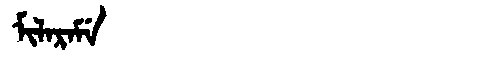
Manchu: ᠮᡳᠯᠠᡵᠠᠮᡝ
Romanization: MILARAME